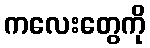
ကလေးတွေကို